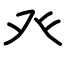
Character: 癶